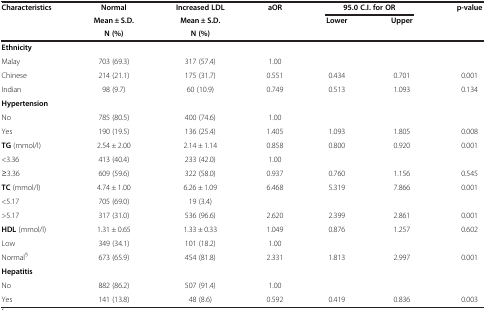
<table><thead><tr><td rowspan="3"><b>Characteristics</b></td><td><b>Normal</b></td><td><b>Increased LDL</b></td><td><b>aOR</b></td><td colspan="2"><b>95.0 C.I. for OR</b></td><td rowspan="3"><b>p-value</b></td></tr><tr><td><b>Mean ± S.D.</b></td><td><b>Mean ± S.D.</b></td><td rowspan="2"><b> </b></td><td rowspan="2"><b>Lower</b></td><td rowspan="2"><b>Upper</b></td></tr><tr><td><b>N (%)</b></td><td><b>N (%)</b></td></tr></thead><tbody><tr><td colspan="7"><b>Ethnicity</b></td></tr><tr><td>Malay</td><td>703 (69.3)</td><td>317 (57.4)</td><td>1.00</td><td> </td><td> </td><td> </td></tr><tr><td>Chinese</td><td>214 (21.1)</td><td>175 (31.7)</td><td>0.551</td><td>0.434</td><td>0.701</td><td>0.001</td></tr><tr><td>Indian</td><td>98 (9.7)</td><td>60 (10.9)</td><td>0.749</td><td>0.513</td><td>1.093</td><td>0.134</td></tr><tr><td colspan="7"><b>Hypertension</b></td></tr><tr><td>No</td><td>785 (80.5)</td><td>400 (74.6)</td><td>1.00</td><td> </td><td> </td><td> </td></tr><tr><td>Yes</td><td>190 (19.5)</td><td>136 (25.4)</td><td>1.405</td><td>1.093</td><td>1.805</td><td>0.008</td></tr><tr><td><b>TG</b> (mmol/l)</td><td>2.54 ± 2.00</td><td>2.14 ± 1.14</td><td>0.858</td><td>0.800</td><td>0.920</td><td>0.001</td></tr><tr><td>&lt;3.36</td><td>413 (40.4)</td><td>233 (42.0)</td><td>1.00</td><td> </td><td> </td><td> </td></tr><tr><td>≥3.36</td><td>609 (59.6)</td><td>322 (58.0)</td><td>0.937</td><td>0.760</td><td>1.156</td><td>0.545</td></tr><tr><td><b>TC</b> (mmol/l)</td><td>4.74 ± 1.00</td><td>6.26 ± 1.09</td><td>6.468</td><td>5.319</td><td>7.866</td><td>0.001</td></tr><tr><td>&lt;5.17</td><td>705 (69.0)</td><td>19 (3.4)</td><td> </td><td> </td><td> </td><td> </td></tr><tr><td>&gt;5.17</td><td>317 (31.0)</td><td>536 (96.6)</td><td>2.620</td><td>2.399</td><td>2.861</td><td>0.001</td></tr><tr><td><b>HDL</b> (mmol/l)</td><td>1.31 ± 0.65</td><td>1.33 ± 0.33</td><td>1.049</td><td>0.876</td><td>1.257</td><td>0.602</td></tr><tr><td>Low</td><td>349 (34.1)</td><td>101 (18.2)</td><td>1.00</td><td> </td><td> </td><td> </td></tr><tr><td>Normal<sup>§</sup></td><td>673 (65.9)</td><td>454 (81.8)</td><td>2.331</td><td>1.813</td><td>2.997</td><td>0.001</td></tr><tr><td><b>Hepatitis</b></td><td> </td><td> </td><td> </td><td> </td><td> </td><td> </td></tr><tr><td>No</td><td>882 (86.2)</td><td>507 (91.4)</td><td>1.00</td><td> </td><td> </td><td> </td></tr><tr><td>Yes</td><td>141 (13.8)</td><td>48 (8.6)</td><td>0.592</td><td>0.419</td><td>0.836</td><td>0.003</td></tr></tbody></table>